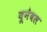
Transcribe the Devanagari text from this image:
यूनेबल